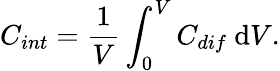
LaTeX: C_{int}=\frac{1}{V}\int_{0}^{V}C_{dif}\ \mathrm{d}V.